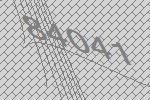
84041